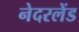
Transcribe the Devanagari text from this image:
नेदरलेंड